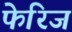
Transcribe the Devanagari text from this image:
फेरिज